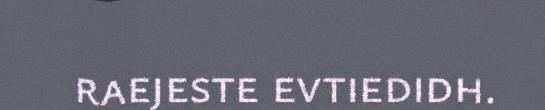
raejeste evtiedidh.